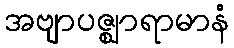
အဗျာပဇ္ဈာရာမာနံ